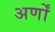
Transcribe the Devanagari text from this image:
अर्णों